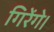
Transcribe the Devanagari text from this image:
गिरेंगे।